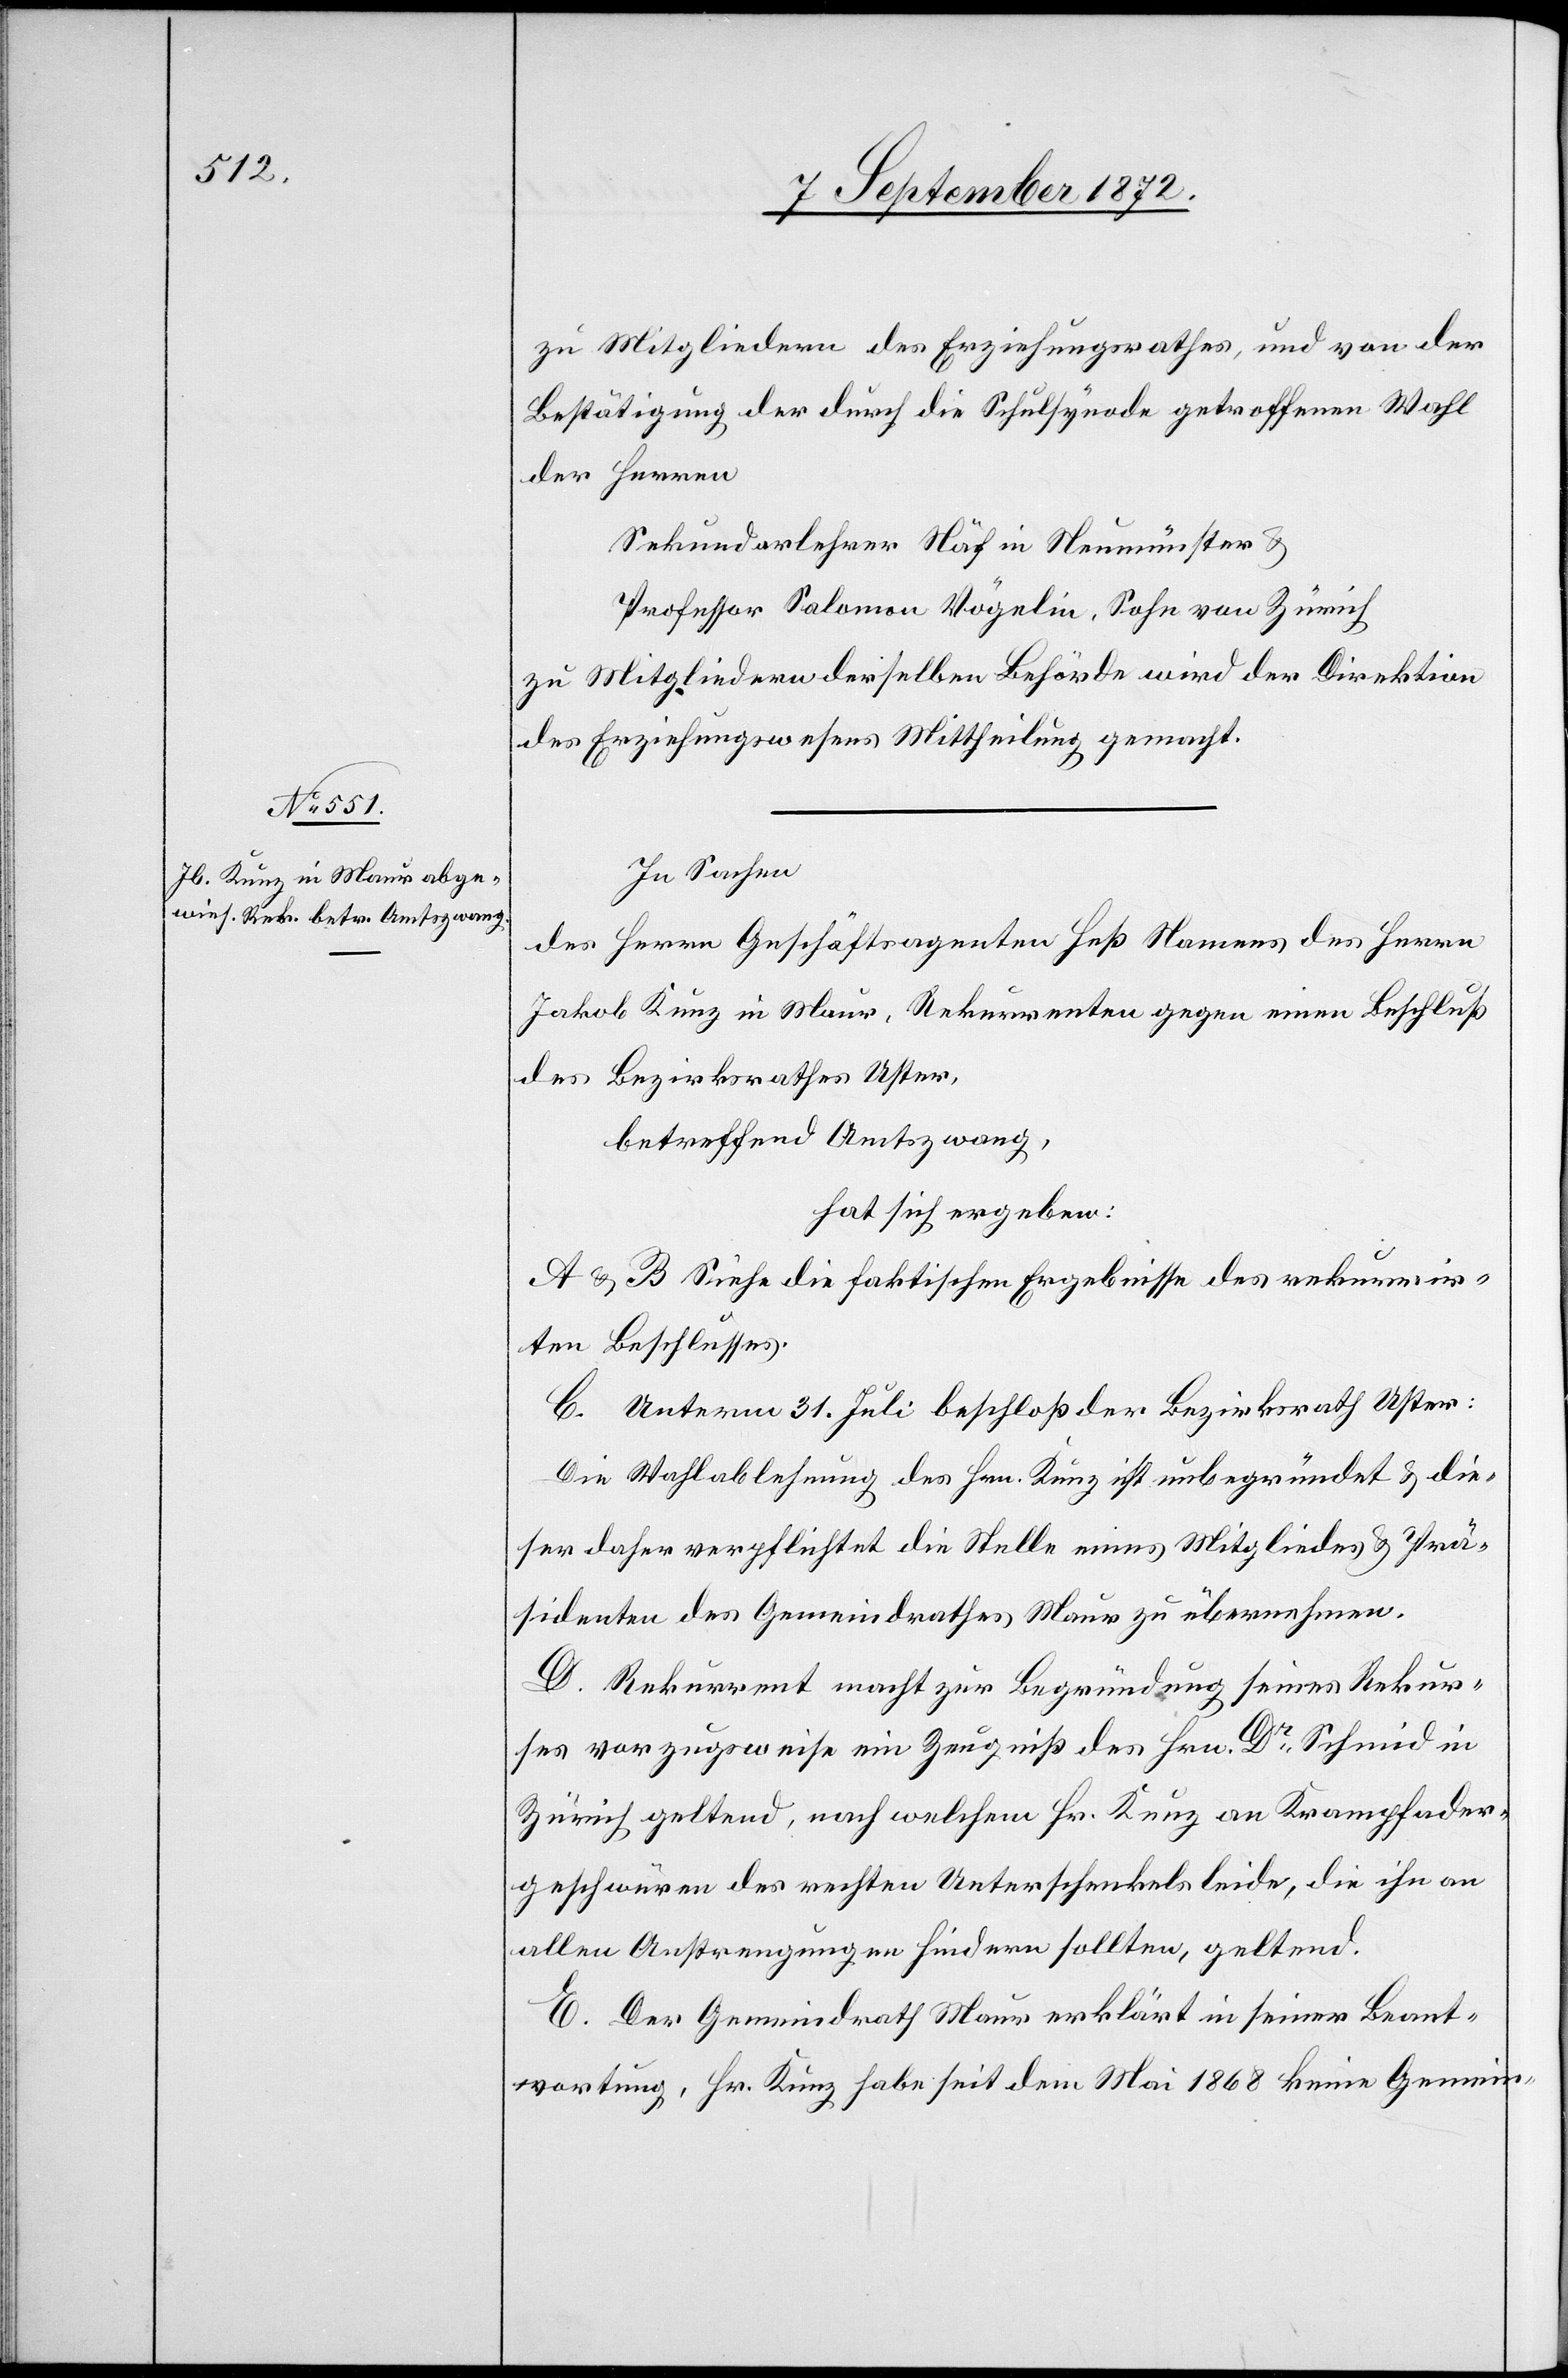
zu Mitgliedern des Erziehungsrathes, und von der
Bestätigung der durch die Schulsynode getroffenen Wahl
der Herren
Sekundarlehrer Näf in Neumünster u.
Professor Salomon Vögelin, Sohn von Zürich
zu Mitgliedern derselben Behörde wird der Direktion
des Erziehungswesens Mittheilung gemacht.
In Sachen
des Herrn Geschäftsagenten Heß Namens des Herrn
Jakob Kunz in Maur, Rekurrenten gegen einen Beschluß
des Bezirksrathes Uster,
betreffend Amtszwang,
hat sich ergeben:
A u. B Siehe die faktischen Ergebnisse des rekurrir¬
ten Beschlusses.
C. Unterm 31. Juli beschloß der Bezirksrath Uster:
Die Wahlablehnung des Hrn. Kunz ist unbegründet u. die¬
ser daher verpflichtet die Stelle eines Mitgliedes u. Prä¬
sidenten des Gemeindrathes Maur zu übernehmen.
D. Rekurrent macht zur Begründung seines Rekur¬
ses vorzugsweise ein Zeugniß des Hrn. Dr Schmid in
Zürich geltend, nach welchem Hr. Kunz an Krampfader¬
geschwüren des rechten Unterschenkels leide, die ihn an
allen Anstrengungen hindern sollten, geltend.
E. Der Gemeindrath Maur erklärt in seiner Beant¬
wortung, Hr. Kunz habe seit dem Mai 1868 keine Gemein-